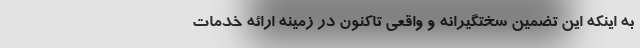
به اینکه این تضمین سختگیرانه و واقعی تاکنون در زمینه ارائه خدمات